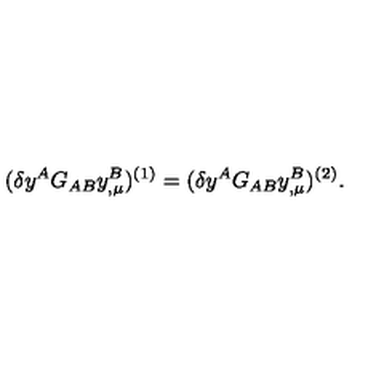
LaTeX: ( \delta y ^ { A } G _ { A B } y _ { , \mu } ^ { B } ) ^ { ( 1 ) } = ( \delta y ^ { A } G _ { A B } y _ { , \mu } ^ { B } ) ^ { ( 2 ) } .